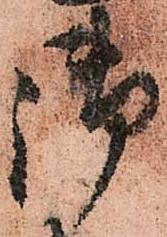
御